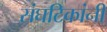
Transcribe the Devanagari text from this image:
संघटिकांनी